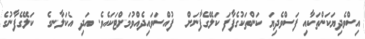
އިސްވެދިޔަކަންތަކާއި ފަސްވެދިޔަ ކަންތަކުގެފާފަ ކަލޭގެފާނަށް  ފުއްސަވައިދެއްވުމަށްޓަކައެވެ. އަދި އެކަލާނގެ  ކަލޭގެފާނުގެ